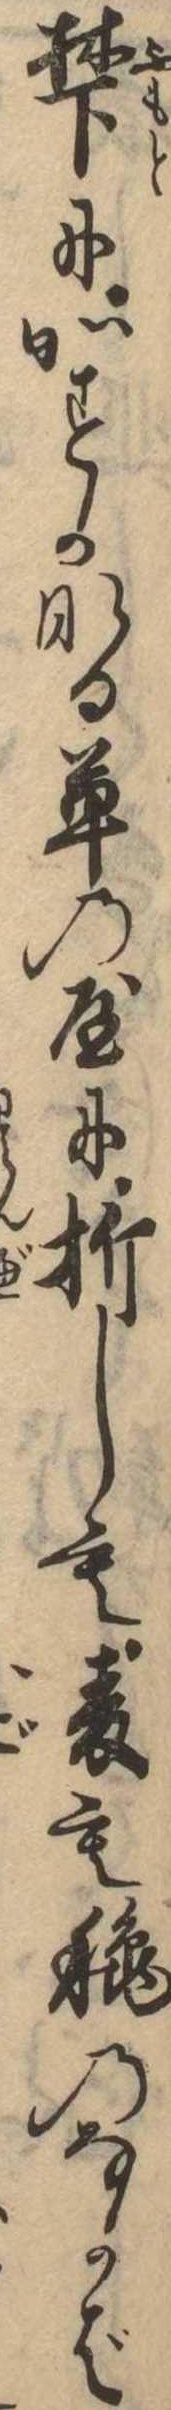
麓にかすかなる草の屋に折しも麦も秋のなかば